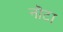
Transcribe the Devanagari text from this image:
नॊटा